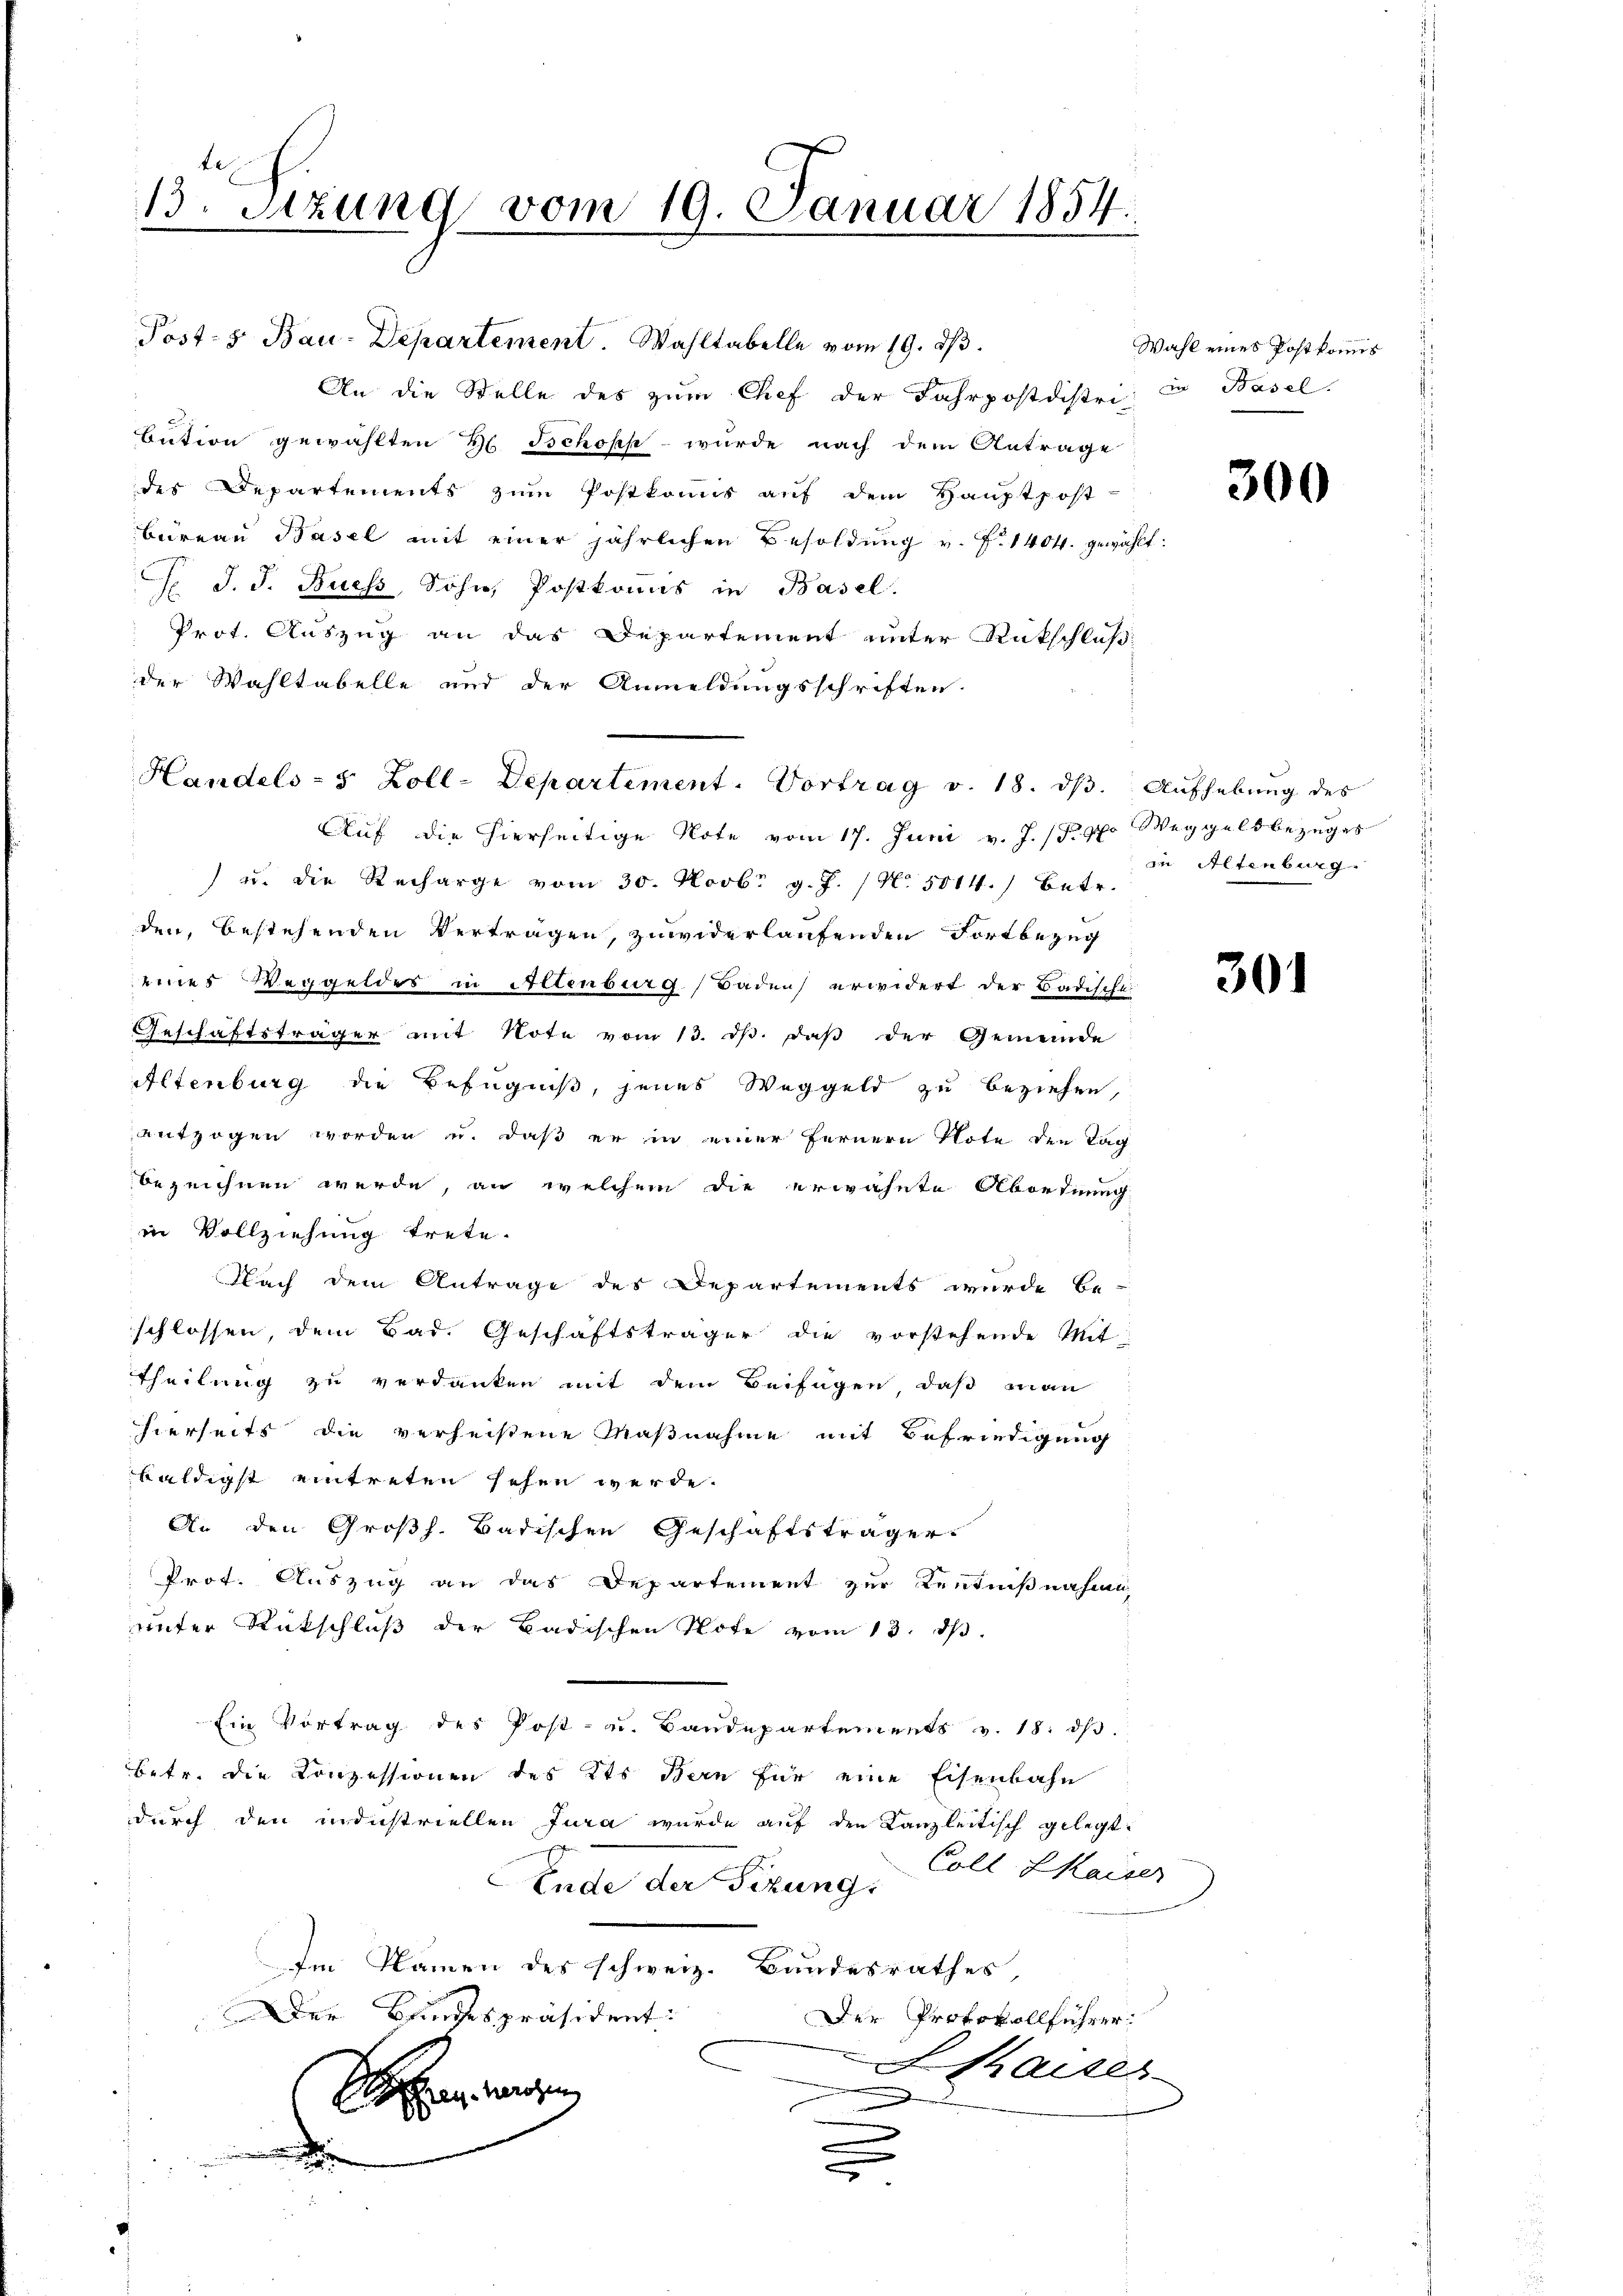
Post- & Bau-Departement Wahltabelle vom 19. ds.
An die Stelle des zum Chef der Fahrpostdistri in Basel.
bution gewählten H. Tschopp- wurde nach dem Antrage
des Departements zum Postkomis auf dem Hauptpost-
bureau Basel mit einer jährlichen Besoldung v. fr. 1404. gewählt:
J. J. J. Ruess, Sohn, Postkomnis in Basel.
Prot. Auszug an das Departement unter Rükschluß:
der Wahltabelle und der Anmeldungsschriften.
Auf die hierseitige Note vom 17. Juni v. J. (§. 7. Weggeldbezuges
 u. die Recharge vom 30. Novbr. g. J. / No. 5014.) Betr.
den, bestehenden Vertragen, zuwiderlaufenden Fortbezug
eines Weggeldes in Altenburg, Baden erwidert der Badische
Geschäftsträger mit Note vom 13. d. daß der Gemeinde
Altenburg die Befugniß, jenes Weggeld zu beziehen,
entzogen worden u. daß er in einer fernern Note den Tag
bezeichnen werde, an welchem die erwähnte Abordnung
in Vollziehung trete.
Nach dem Antrage des Departements wurde be-
schlossen, dem Bad. Geschäftsträger die vorstehende Mit¬
Theilung zu verdanken mit dem Beifügen, daß man
hierseits die verheistene Maßnahme mit Befriedigung
baldigst eintreten sehen werde.
An den Großh. Badischen Geschäftsträger
Prot. Auszug an das Departement zur Kentnißnahme
unter Rückschluß der Badischen Note vom 13. ds.
Ein Vortrag des Post- u. Baudepartements v. 18. ds.
betr. die Conzessionen des Kts. Bern für eine Eisenbahn
durch den industriellen Jura wurde auf den Kanzleitisch gelegt.
Coll. Kaiser
Ende der Sizung:
Im Namen des schweiz. Bandesrathes
Der Bundespräsident:
Der Protokollführer.
Shaiser
Sie wegen
.
u
.
e

x

te
13. Setzung vom 19. Januar 1854.

Handels- 5 Zoll-Departement. Vortrag v. 18. dβ. Aufhebung des

Wahl eines Postkommis

300

in Altenburg.

301